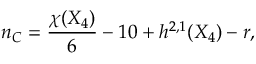
n _ { C } = { \frac { \chi ( X _ { 4 } ) } { 6 } } - 1 0 + h ^ { 2 , 1 } ( X _ { 4 } ) - r ,